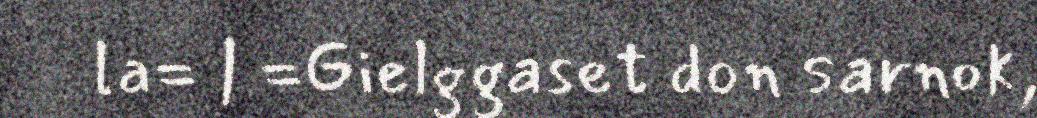
la= | =Gielggaset don sarnok,